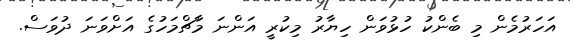
އަހަރުމެން މި ބެންކު ހުޅުވަން ހިޔާރު މިކުރީ އަންނަ މާޗްމަހުގެ އަށްވަނަ ދުވަސް.